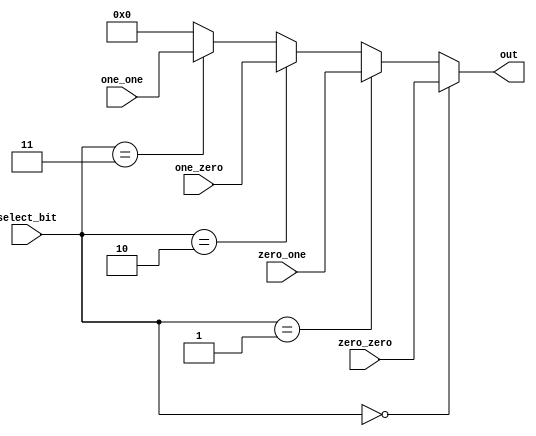
module MUX32_4 (
    input [31:0] zero_zero, zero_one,
    input [31:0] one_zero, one_one,
    input [1:0] select_bit,
    output [31:0] out
);
    assign out = 
        ( select_bit == 2'b00 ) ? zero_zero : 
        ( select_bit == 2'b01 ) ? zero_one : 
        ( select_bit == 2'b10 ) ? one_zero : 
        ( select_bit == 2'b11 ) ? one_one : 32'b0 ;
endmodule